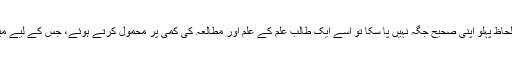
اگر میرا فہم غلط ہے یا اس میں استدلال کا کوئی قابل لحاظ پہلو اپنی صحیح جگہ نہیں پا سکا تو اسے ایک طالب علم کے علم اور مطالعہ کی کمی پر محمول کرتے ہوئے، جس کے لیے میں پیشگی معذرت خواہ ہوں، صرف نظر کر لیا جائے۔